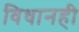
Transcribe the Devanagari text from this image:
विधानही